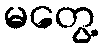
မတွေ့